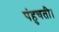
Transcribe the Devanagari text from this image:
पंहुचती।